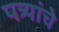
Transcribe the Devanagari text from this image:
पत्र्यांचे